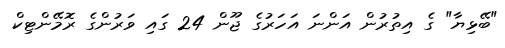
"ބޭޅިޔާ" ގެ އިތުރުން އަންނަ އަހަރުގެ ޖޫން 24 ގައި ވަރުންގެ ރޮމޭންޓިކް